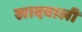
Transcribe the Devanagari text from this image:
खादवाली